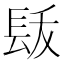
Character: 𨱩